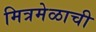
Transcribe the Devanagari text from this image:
मित्रमेळाची